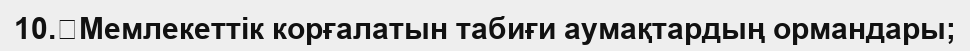
10.	Мемлекеттік корғалатын табиғи аумақтардың ормандары;